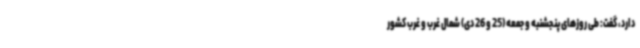
دارد، گفت: طی روزهای پنجشنبه و جمعه (25 و 26 دی) شمال غرب و غرب کشور